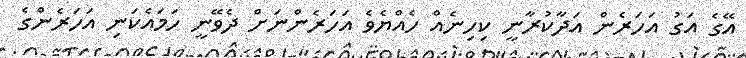
އޭގެ އަގު އަހަރެން އަދާކުރާނީ ކިހިނެއް ހެއްޔެވެ އަހަރެންނަށް ދެވޭނީ ހަމައެކަނި އަހަރެންގެ